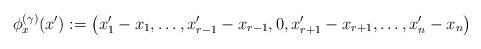
LaTeX: \begin{align*} \phi^{(\gamma)}_x(x') := \left(x'_1 - x_1, \dots, x'_{r - 1} - x_{r - 1}, 0, x'_{r + 1} - x_{r + 1}, \dots, x'_n - x_n\right) \end{align*}